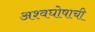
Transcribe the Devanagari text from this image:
अश्वघोषाची